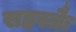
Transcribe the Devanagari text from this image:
सहस्त्रैः